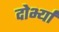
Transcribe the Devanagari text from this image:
दोर्भ्यां